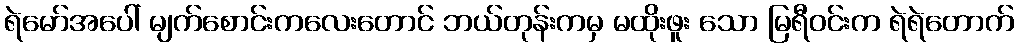
ရဲမော်အပေါ် မျက်စောင်းကလေးတောင် ဘယ်တုန်းကမှ မထိုးဖူး သော မြရီဝင်းက ရဲရဲတောက်